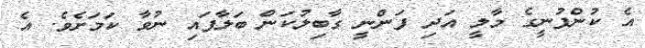
އެ ކުންފުނީގެ މާލީ އަދި ފަންނީ ގާބިލުކަން ބަލާފައި ނުވާ ކަމަށެވެ. އެ